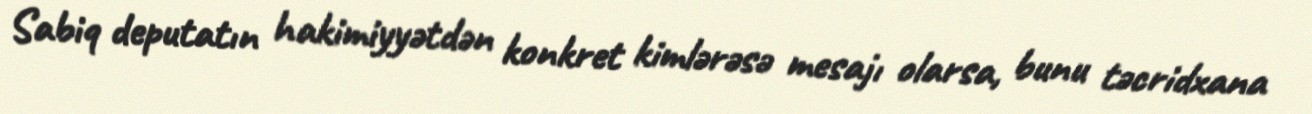
Sabiq deputatın hakimiyyətdən konkret kimlərəsə mesajı olarsa, bunu təcridxana